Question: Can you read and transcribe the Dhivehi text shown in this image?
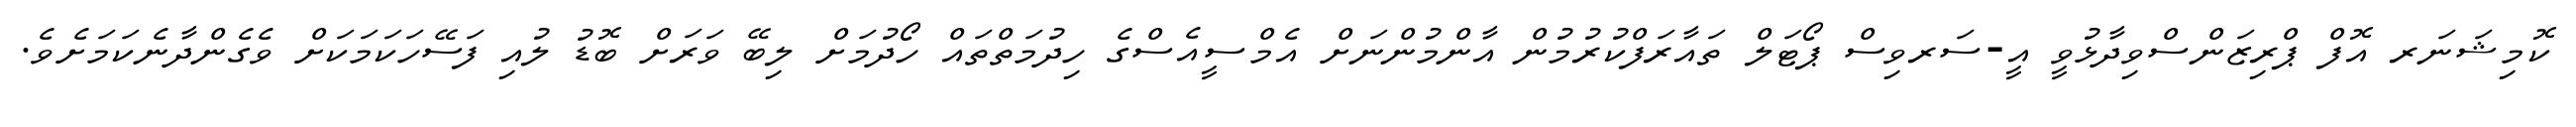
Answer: ކޮމިޝަނަރ އޮފް ޕްރިޒަންސްވިދާޅުވީ އީ-ސަރވިސް ޕޯޓަލް ތައާރަފްކުރުމުން އާންމުންނަށް އެމްސީއެސްގެ ހިދުމަތްތައް ހޯދުމަށް ލިބޭ ވަރަށް ބޮޑު ލުއި ފަސޭހަކަމަކަށް ވެގެންދާނެކަމަށެވެ.